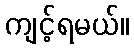
ကျင့်ရမယ်။